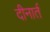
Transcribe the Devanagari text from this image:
दीनार्त